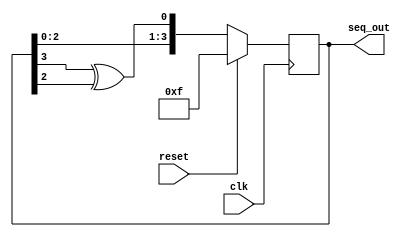
`timescale 1ns / 1ps
// Module Name: LFSR


module LFSR(clk,reset,seq_out);
input clk,reset;
output reg [3:0] seq_out;

always@(posedge clk)begin
    if(reset)
        seq_out <= 4'hf;
     else 
           seq_out <= {seq_out[2:0], seq_out[3]^seq_out[2]};
       
end           
endmodule